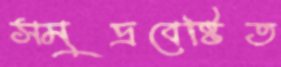
সমুদ্রবেষ্টিত